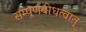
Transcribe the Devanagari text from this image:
सम्पूर्णबोधत्वात्